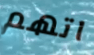
اتهم